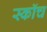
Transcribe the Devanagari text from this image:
स्काॅच